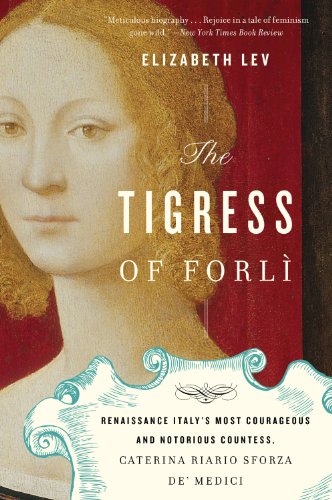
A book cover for The Tigress of Forli: Renaissance Italy's Most Courageous and Notorious Countess, Caterina Riario Sforza de' Medici; Elizabeth Lev; Biographies & Memoirs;